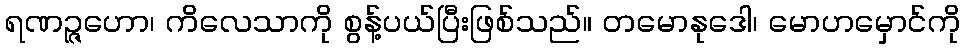
ရဏဉ္ဇဟော၊ ကိလေသာကို စွန့်ပယ်ပြီးဖြစ်သည်။ တမောနုဒေါ၊ မောဟမှောင်ကို